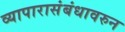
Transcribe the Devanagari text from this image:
व्यापारासंबंधावरुन